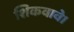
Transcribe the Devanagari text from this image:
शिकवावे।